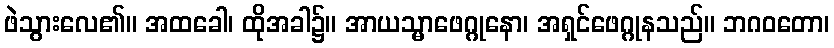
ဖဲသွားလေ၏။ အထခေါ၊ ထိုအခါ၌။ အာယသ္မာဖေဂ္ဂုနော၊ အရှင်ဖေဂ္ဂုနသည်။ ဘဂဝတော၊